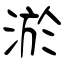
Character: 淤